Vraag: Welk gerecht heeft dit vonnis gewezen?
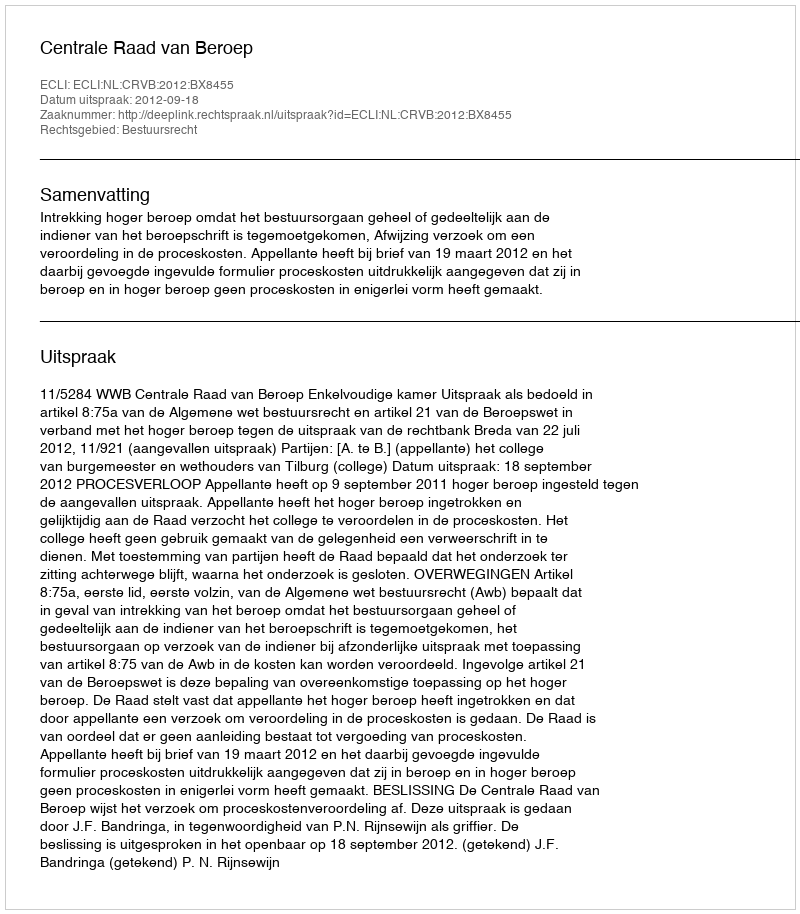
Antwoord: Centrale Raad van Beroep